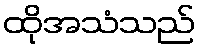
ထိုအသံသည်